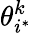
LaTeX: \theta_{i^{*}}^{k}